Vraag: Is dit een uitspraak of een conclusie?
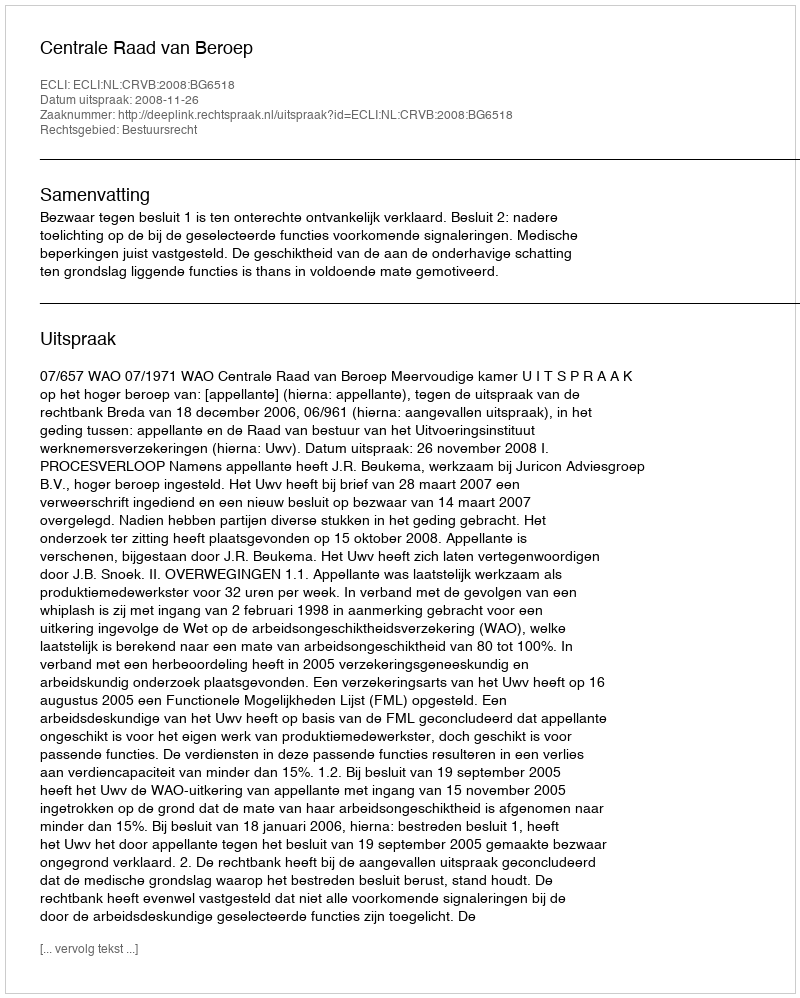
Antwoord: Uitspraak